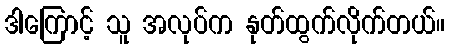
ဒါကြောင့် သူ အလုပ်က နုတ်ထွက်လိုက်တယ်။